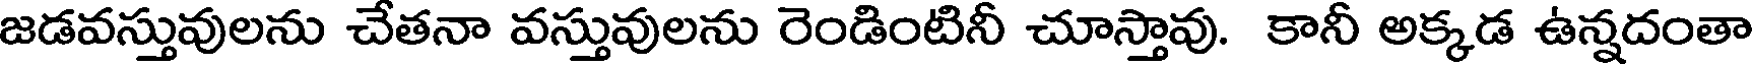
జడవస్తువులను చేతనా వస్తువులను రెండింటినీ చూస్తావు. కానీ అక్కడ ఉన్నదంతా